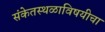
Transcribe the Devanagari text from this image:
संकेतस्थळाविषयीचा